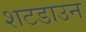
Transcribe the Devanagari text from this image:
शटडाउन